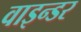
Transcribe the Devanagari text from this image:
वाइन्डर